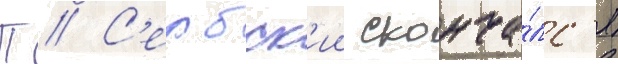
П // С'ербск'ии сконча́лс'я